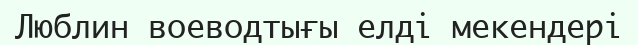
Люблин воеводтығы елді мекендері